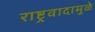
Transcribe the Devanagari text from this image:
राष्ट्रवादामुळे